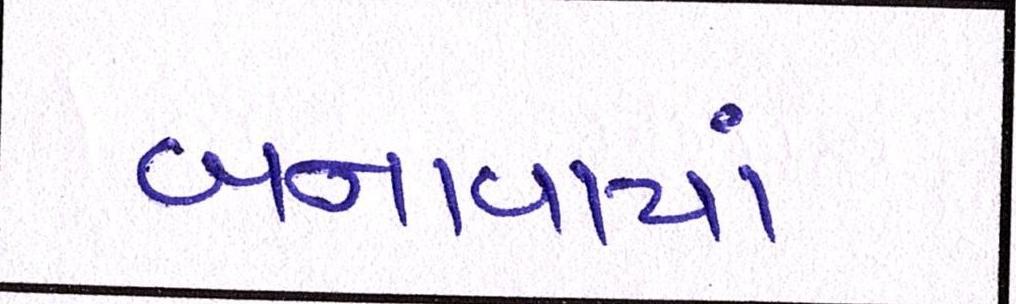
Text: બનાવાયાં